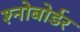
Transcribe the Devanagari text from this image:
श्नोबोर्डर